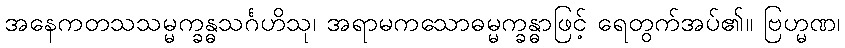
အနေကတသသမ္မက္ခန္ဓသင်္ဂဟိသု၊ အရာမကသောဓမ္မက္ခန္ဓာဖြင့် ရေတွက်အပ်၏။ ဗြဟ္မဏ၊